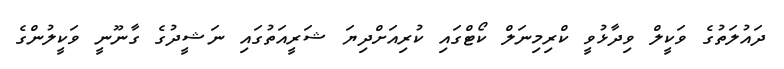
ދައުލަތުގެ ވަކީލް ވިދާޅުވީ ކްރިމިނަލް ކޯޓްގައި ކުރިއަށްދިޔަ ޝަރީއަތުގައި ނަޝީދުގެ ގާނޫނީ ވަކީލުންގެ